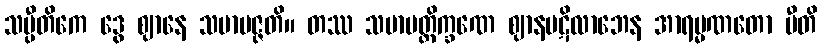
သပ္ပီတိကေ ဒွေ ဈာနေ သမာပဇ္ဇတိ။ တဿ သမာပတ္တိက္ခဏေ ဈာနပဋိလာဘေန အာရမ္မဏတော ပီတိ